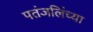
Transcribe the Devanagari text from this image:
पतंजलिंच्या